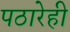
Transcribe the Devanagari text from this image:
पठारेही